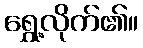
ရွှေ့လိုက်၏။